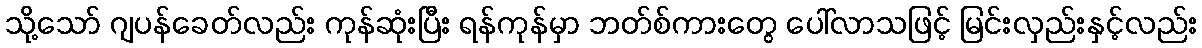
သို့သော် ဂျပန်ခေတ်လည်း ကုန်ဆုံးပြီး ရန်ကုန်မှာ ဘတ်စ်ကားတွေ ပေါ်လာသဖြင့် မြင်းလှည်းနှင့်လည်း